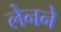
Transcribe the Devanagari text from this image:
लेनने